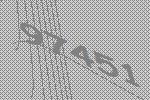
97451